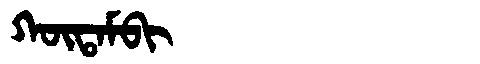
Manchu: ᡴᡡᡨᠠᠮᠪᡳ
Romanization: KŪTAMBI